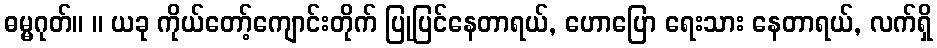
ဓမ္မဂုတ်။ ။ ယခု ကိုယ်တော့်ကျောင်းတိုက် ပြုပြင်နေတာရယ်, ဟောပြော ရေးသား နေတာရယ်, လက်ရှိ